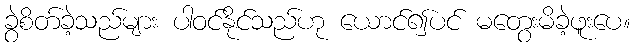
ခွဲစိတ်ခဲ့သည်များ ပါဝင်နိုင်သည်ဟု ယောင်၍ပင် မတွေးမိခဲ့ဖူးပေ။